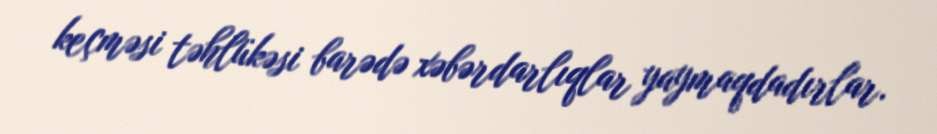
keçməsi təhlükəsi barədə xəbərdarlıqlar yaymaqdadırlar.